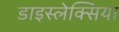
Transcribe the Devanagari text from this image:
डाइस्लेक्सिया